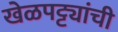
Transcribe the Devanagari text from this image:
खेळपट्ट्यांची